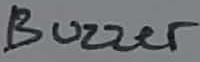
Text: Buzzer